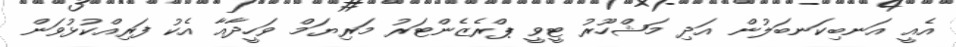
އެއީ އަނބިކަނބަލުން އަދި މަޝްހޫރު ޓީވީ ޕްރެޒެންޓަރު މަރިޔަމް ވަހީދާއާ އެކު ފަރިއްކުޅުވަން